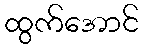
ထွက်အောင်